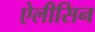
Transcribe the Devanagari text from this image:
ऐलीसिन